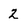
Character: 2